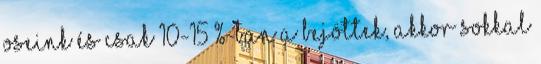
oseink és csak 10-15 %-ban a bejöttek, akkor sokkal